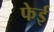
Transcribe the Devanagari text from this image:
फेई